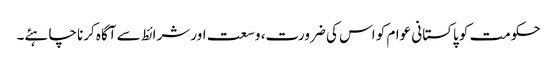
حکومت کو پاکستانی عوام کو اس کی ضرورت، وسعت اور شرائط سے آگاہ کرنا چاہئے۔